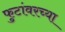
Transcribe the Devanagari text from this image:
फुटांवरच्या